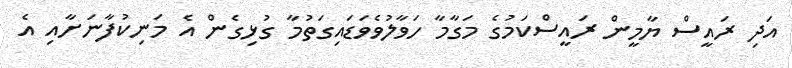
އަދި ރައީސް ޔާމީން ރައީސްކަމުގެ މަގާމާ ހަވާލުވެވަޑައިގަތުމާ ގުޅިގެން އެ މަނިކުފާނަށާއި އެ